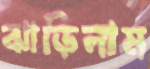
ঝাড়িলাম